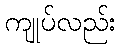
ကျုပ်လည်း